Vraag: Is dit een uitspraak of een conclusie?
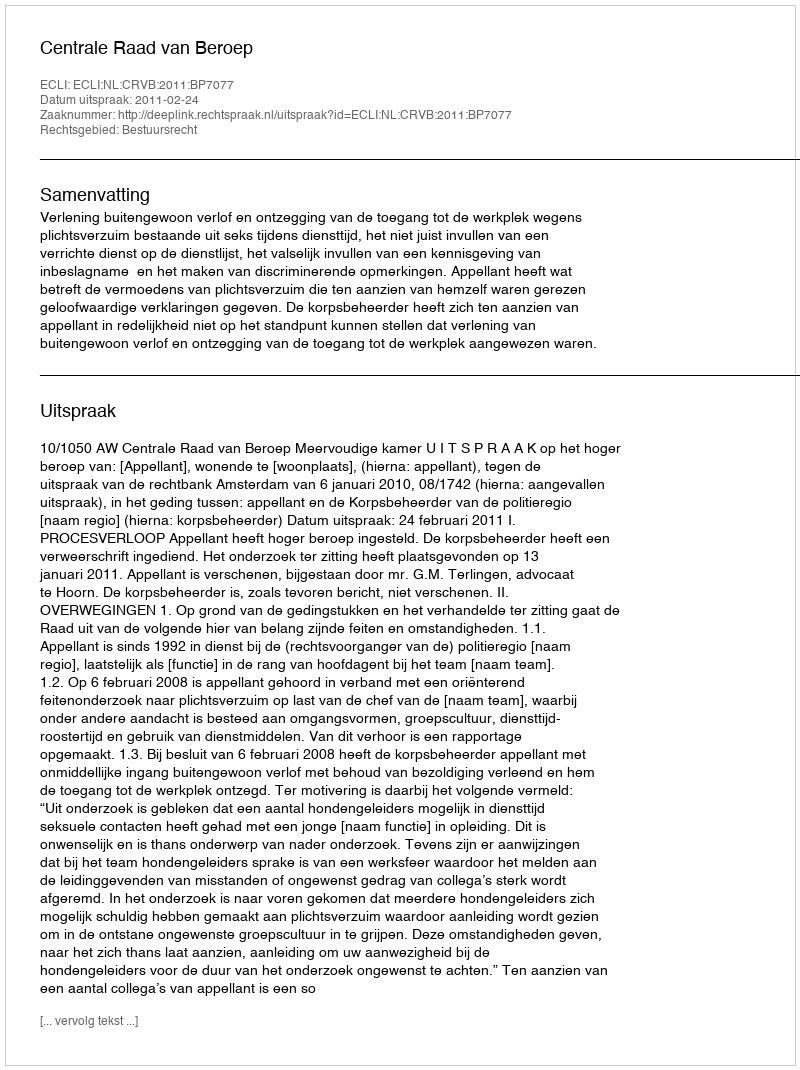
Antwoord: Uitspraak